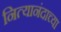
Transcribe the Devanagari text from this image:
नित्यानंदाच्या